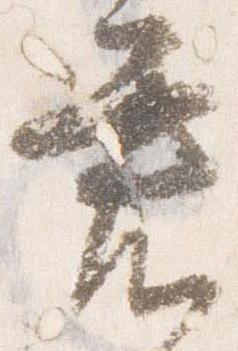
君